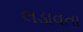
લડાવતા